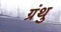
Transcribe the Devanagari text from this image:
ग्रंथु